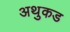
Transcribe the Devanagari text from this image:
अथुकड